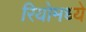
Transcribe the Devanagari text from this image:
रियोमध्ये